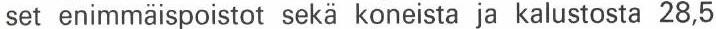
set enimmäispoistot sekä koneista ja kalustosta 28,5